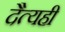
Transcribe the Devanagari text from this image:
दैत्यही